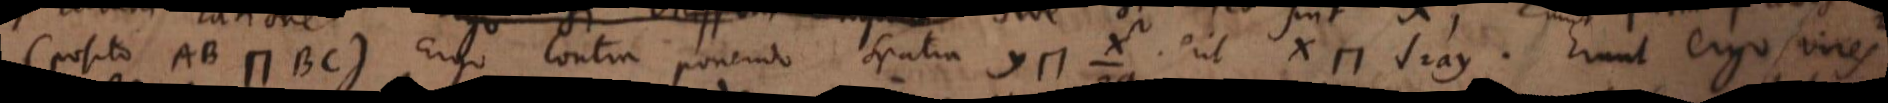
(posito AB ⊓ BC). Ergo contra ponendo spatia y ⊓ _ erit x ⊓ √2ay. Erunt ergo vires